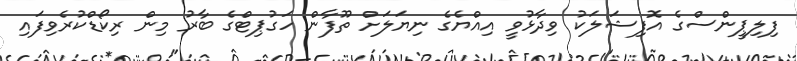
ފިލިޕީންސްގެ އޮފިޝަލަކު ވިދާޅުވީ އިއްޔެގެ ނިޔަލަށް ތޫފާން ހަގުޕިޓްގެ ބާރު މިން ރިކޯޑްކުރެވިފައި